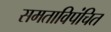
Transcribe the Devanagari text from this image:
समताविपंचित